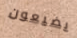
يضيعون